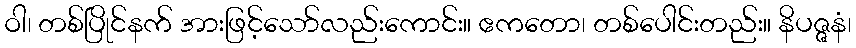
ဝါ၊ တစ်ပြိုင်နက် အားဖြင့်သော်လည်းကောင်း။ ဧကတော၊ တစ်ပေါင်းတည်း။ နိပဇ္ဇနံ၊